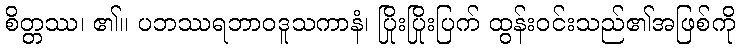
စိတ္တဿ၊ ၏။ ပဘဿရဘာဝဒူသကာနံ၊ ပြိုးပြိုးပြက် ထွန်းဝင်းသည်၏အဖြစ်ကို